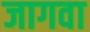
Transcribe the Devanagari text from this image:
जागवा